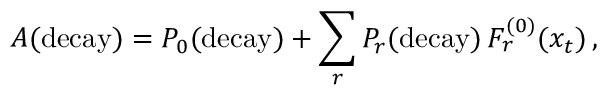
A ( \mathrm { d e c a y } ) = P _ { 0 } ( \mathrm { d e c a y } ) + \sum _ { r } P _ { r } ( \mathrm { d e c a y } ) \, F _ { r } ^ { ( 0 ) } ( x _ { t } ) \, ,